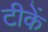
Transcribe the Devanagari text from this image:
टीकें